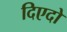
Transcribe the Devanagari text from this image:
दिएदो